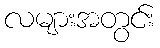
လများအတွင်း